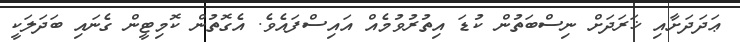
ޢަދަދަށާއި ޚަރަދަށް ނިސްބަތުން ކުޑަ އިތުރުވުމެއް އައިސްފައެވެ. އެގޮތުން ކޮމިޓީން ގެނައި ބަދަލަކީ